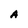
Character: A